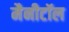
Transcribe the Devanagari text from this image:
मैनीटॉल